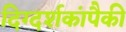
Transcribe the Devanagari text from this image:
दिग्दर्शकांपैकी